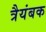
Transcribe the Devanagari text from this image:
त्रैयंबक